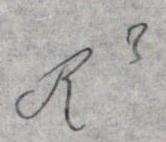
R3